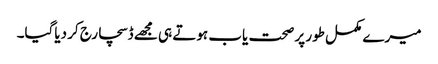
میرے مکمل طور پر صحت یاب ہوتے ہی مجھے ڈسچارج کر دیاگیا۔